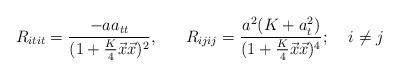
LaTeX: \begin{align*}R_{itit}=\frac{-aa_{tt}}{(1+\frac{K}{4}\vec{x}\vec{x})^2},\;\;\;\;\;\;R_{ijij}=\frac{a^2(K+a_{t}^2)}{(1+\frac{K}{4}\vec{x}\vec{x})^4};\;\;\;\;i\neq j\end{align*}